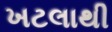
ખટલાથી